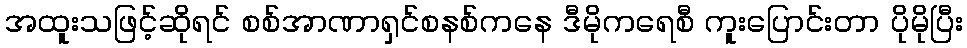
အထူးသဖြင့်ဆိုရင် စစ်အာဏာရှင်စနစ်ကနေ ဒီမိုကရေစီ ကူးပြောင်းတာ ပိုမိုပြီး